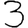
Digit: 3